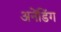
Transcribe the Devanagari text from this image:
अनेंडिंग